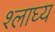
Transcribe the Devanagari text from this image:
श्लाघ्य